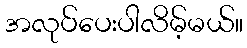
အလုပ်ပေးပါလိမ့်မယ်။